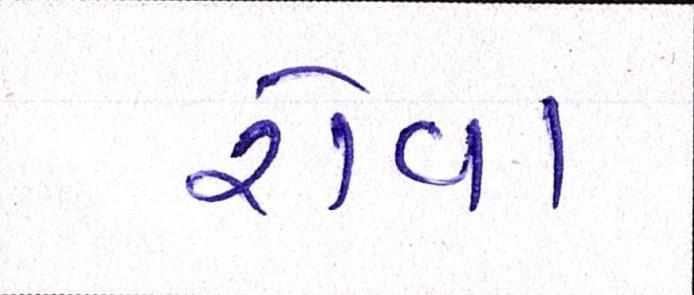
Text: રોવા